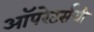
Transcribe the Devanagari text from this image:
ऑपरेटर्सची